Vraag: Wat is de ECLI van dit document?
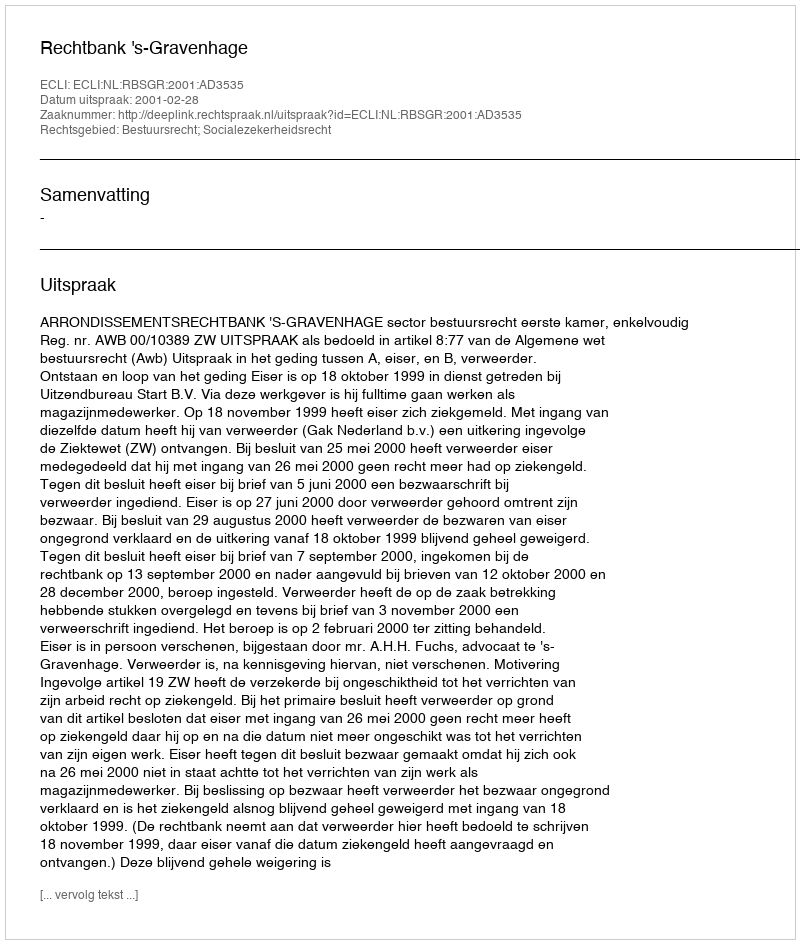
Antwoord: ECLI:NL:RBSGR:2001:AD3535